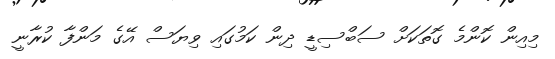
މިއިން ކޮންމެ ގޮތަކަށް ސަބްސިޑީ ދިން ކަމުގައި ވިޔަސް އޭގެ މަންފާ ކުރާނީ